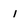
Character: 1